Report of the Indian Hemp Drugs Commission, 1894-1895 - Volume IV
Year: 1894
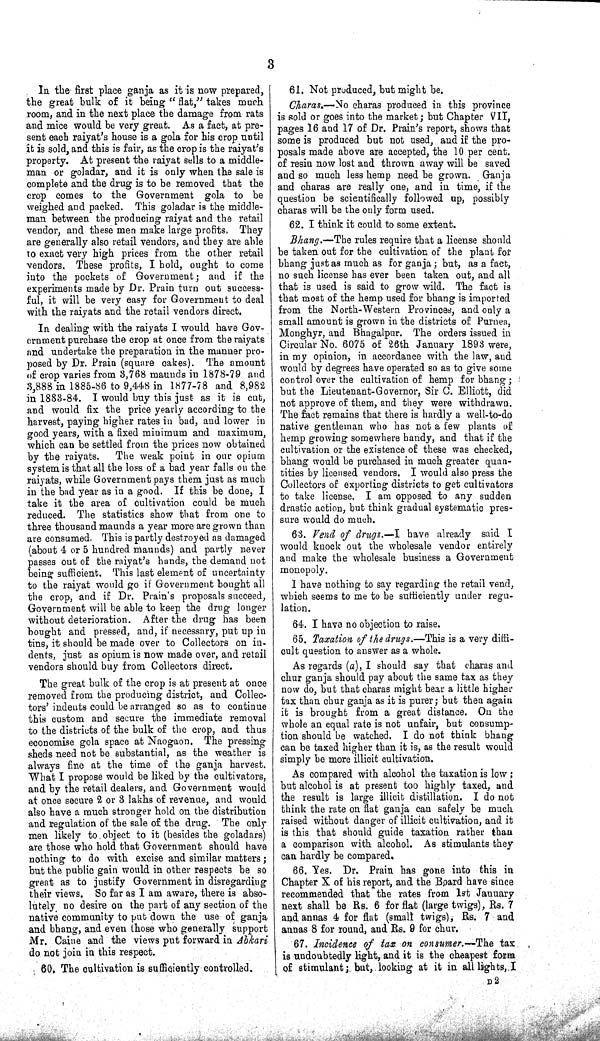
3
In the first place ganja as it is now prepared,
the great bulk of it being "flat," takes much
room, and in the next place the damage from rats
and mice would be very great. As a fact, at pre-
sent each raiyat's house is a gola for his crop until
it is sold, and this is fair, as the crop is the raiyat's
property. At present the raiyat sells to a middle-
man or goladar, and it is only when the sale is
complete and the drug is to be removed that the
crop comes to the Government gola to be
weighed and packed. This goladar is the middle-
man between the producing raiyat and the retail
vendor, and these men make large profits. They
are generally also retail vendors, and they are able
to exact very high prices from the other retail
vendors. These profits, I hold, ought to come
into the pockets of Government; and if the
experiments made by Dr. Prain turn out success-
ful, it will be very easy for Government to deal
with the raiyats and the retail vendors direct.
In dealing with the raiyats I would have Gov-
ernment purchase the crop at once from the raiyats
and undertake the preparation in the manner pro-
posed by Dr. Prain (square cakes). The amount
of crop varies from 3,768 maunds in 1878-79 and
3,888 in 1885-86 to 9,448 in 1877-78 and 8,982
in 1883-84. I would buy this just as it is cut,
and would fix the price yearly according to the
harvest, paying higher rates in bad, and lower in
good years, with a fixed minimum and maximum,
which can be settled from the prices now obtained
by the raiyats. The weak point in our opium
system is that all the loss of a bad year falls on the
raiyats, while Government pays them just as much
in the bad year as in a good. If this be done, I
take it the area of cultivation could be much
reduced. The statistics show that from one to
three thousand maunds a year more are grown than
are consumed. This is partly destroyed as damaged
(about 4 or 5 hundred maunds) and partly never
passes out of the raiyat's hands, the demand not
being sufficient. This last element of uncertainty
to the raiyat would go if Government bought all
the crop, and if Dr. Prain's proposals succeed,
Government will be able to keep the drug longer
without deterioration. After the drug has been
bought and pressed, and, if necessary, put up in
tins, it should be made over to Collectors on in-
dents, just as opium is now made over, and retail
vendors should buy from Collectors direct.
The great bulk of the crop is at present at once
removed from the producing district, and Collec-
tors' indents could be arranged so as to continue
this custom and secure the immediate removal
to the districts of the bulk of the crop, and thus
economise gola space at Naogaon. The pressing
sheds need not be substantial, as the weather is
always fine at the time of the ganja harvest.
What I propose would be liked by the cultivators,
and by the retail dealers, and Government would
at once secure 2 or 3 lakhs of revenue, and would
also have a much stronger hold on the distribution
and regulation of the sale of the drug. The only
men likely to object to it (besides the goladars)
are those who hold that Government should have
nothing to do with excise and similar matters;
but the public gain would in other respects be so
great as to justify Government in disregarding
their views. So far as I am aware, there is abso-
lutely no desire on the part of any section of the
native community to put down the use of ganja
and bhang, and even those who generally support
Mr. Caine and the views put forward in Abkari
do not join in this respect.
60. The cultivation is sufficiently controlled.
61. Not produced, but might be.
Charas.—No charas produced in this province
is sold or goes into the market; but Chapter VII,
pages 16 and 17 of Dr. Prain's report, shows that
some is produced but not used, and if the pro-
posals made above are accepted, the 10 per cent.
of resin now lost and thrown away will be saved
and so much less hemp need be grown. Ganja
and charas are really one, and in time, if the
question be scientifically followed up, possibly
charas will be the only form used.
62. I think it could to some extent.
Bhang.—The rules require that a license should
be taken out for the cultivation of the plant for
bhang just as much as for ganja; but, as a fact,
no such license has ever been taken out, and all
that is used is said to grow wild. The fact is
that most of the hemp used for bhang is imported
from the North-Western Provinces, and only a
small amount is grown in the districts of Purnea,
Monghyr, and Bhagalpur. The orders issued in
Circular No. 6075 of 26th January 1893 were,
in my opinion, in accordance with the law, and
would by degrees have operated so as to give some
control over the cultivation of hemp for bhang;
but the Lieutenant-Governor, Sir C. Elliott, did
not approve of them, and they were withdrawn.
The fact remains that there is hardly a well-to-do
native gentleman who has not a few plants of
hemp growing somewhere handy, and that if the
cultivation or the existence of these was checked,
bhang would be purchased in much greater quan-
tities by licensed vendors. I would also press the
Collectors of exporting districts to get cultivators
to take license. I am opposed to any sudden
drastic action, but think gradual systematic pres-
sure would do much.
63. Vend of drugs.—I have already said I
would knock out the wholesale vendor entirely
and make the wholesale business a Government
monopoly.
I have nothing to say regarding the retail vend,
which seems to me to be sufficiently under regu-
lation.
64. I have no objection to raise.
65. Taxation of the drugs.—This is a very diffi-
cult question to answer as a whole.
As regards (a), I should say that charas and
chur ganja should pay about the same tax as they
now do, but that charas might bear a little higher
tax than chur ganja as it is purer; but then again
it is brought from a great distance. On the
whole an equal rate is not unfair, but consump-
tion should be watched. I do not think bhang
can be taxed higher than it is, as the result would
simply be more illicit cultivation.
As compared with alcohol the taxation is low;
but alcohol is at present too highly taxed, and
the result is large illicit distillation. I do not
think the rate on flat ganja can safely be much
raised without danger of illicit cultivation, and it
is this that should guide taxation rather than
a comparison with alcohol. As stimulants they
can hardly be compared.
66. Yes. Dr. Prain has gone into this in
Chapter X of his report, and the Board have since
recommended that the rates from 1st January
next shall be Rs. 6 for flat (large twigs), Rs. 7
and annas 4 for flat (small twigs), Rs. 7 and
annas 8 for round, and Rs. 9 for chur.
67. Incidence of tax on consumer.—The tax
is undoubtedly light, and it is the cheapest form
of stimulant; but, looking at it in all lights, I
D 2